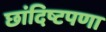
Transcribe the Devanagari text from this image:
छांदिष्टपणा